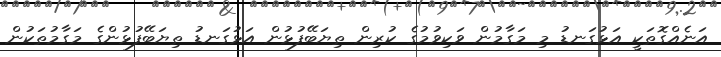
އަނެއްގޮތަކީ އަޅުގަނޑު މި މަގާމުން ވަކިވުމުގެ ކުރިން ތިޔަބޭފުޅުން އަޅުގަނޑު ތިޔަބޭފުޅުންގެ މަގާމުތަކުން